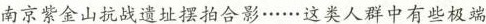
南京紫金山抗战遗址摆拍合影……这类人群中有些极端